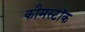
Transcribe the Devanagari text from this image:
कौमस्टॉक